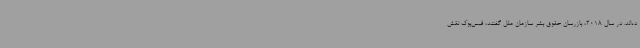
ده‌اند. در سال 2018، بازرسان حقوق بشر سازمان ملل گفتند، فیس‌بوک نقش